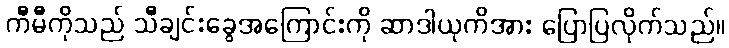
ကီမီကိုသည် သီချင်းခွေအကြောင်းကို ဆာဒါယုကိအား ပြောပြလိုက်သည်။